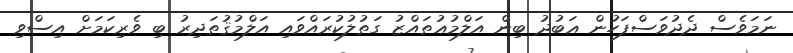
ނަމަވެސް ދެދުވަސްފަހުން ޢަބުދު ބިން އަލްމުޢުތައްޒު ގަތުލުކުރައްވައި އަލްމުޤުތަދިރު ބި ވެރިކަމަށް އިސްވި